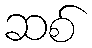
ဆစ်